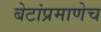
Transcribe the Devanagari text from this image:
बेटांप्रमाणेच